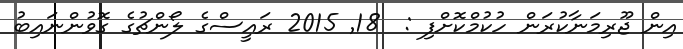
އިން ޖޫރިމަނާކުރަން ހުކުމްކޮށްފި :  18